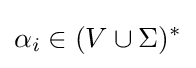
\alpha _{i}\in (V\cup \Sigma )^{*}